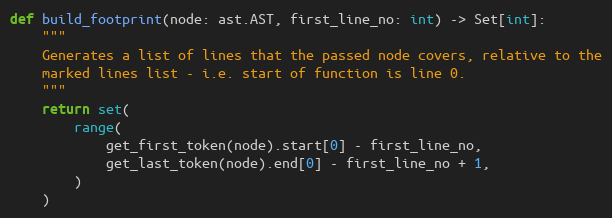
Language: Python
def build_footprint(node: ast.AST, first_line_no: int) -> Set[int]:
    """
    Generates a list of lines that the passed node covers, relative to the
    marked lines list - i.e. start of function is line 0.
    """
    return set(
        range(
            get_first_token(node).start[0] - first_line_no,
            get_last_token(node).end[0] - first_line_no + 1,
        )
    )